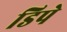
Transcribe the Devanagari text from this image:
डिपे